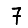
Digit: 7